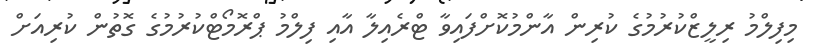
މިފިލްމު ރިލީޒްކުރުމުގެ ކުރިން އާންމުކޮށްފައިވާ ޓްރެއިލާ އާއި ފިލްމު ޕްރޮމޯޓްކުރުމުގެ ގޮތުން ކުރިއަށް